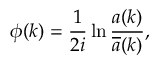
\phi ( k ) = { \frac 1 { 2 i } } \ln \frac { a ( k ) } { \overline { { { a } } } ( k ) } ,